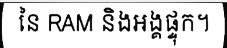
នៃ RAM និងអង្គផ្ទុក។